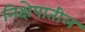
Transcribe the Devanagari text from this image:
निक्षेपातील